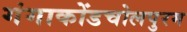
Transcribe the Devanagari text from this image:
गंगाकोंडचोलपुरम